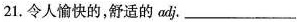
21.令人愉快的，舒适的adj.___